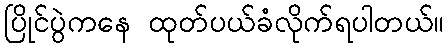
ပြိုင်ပွဲကနေ ထုတ်ပယ်ခံလိုက်ရပါတယ်။